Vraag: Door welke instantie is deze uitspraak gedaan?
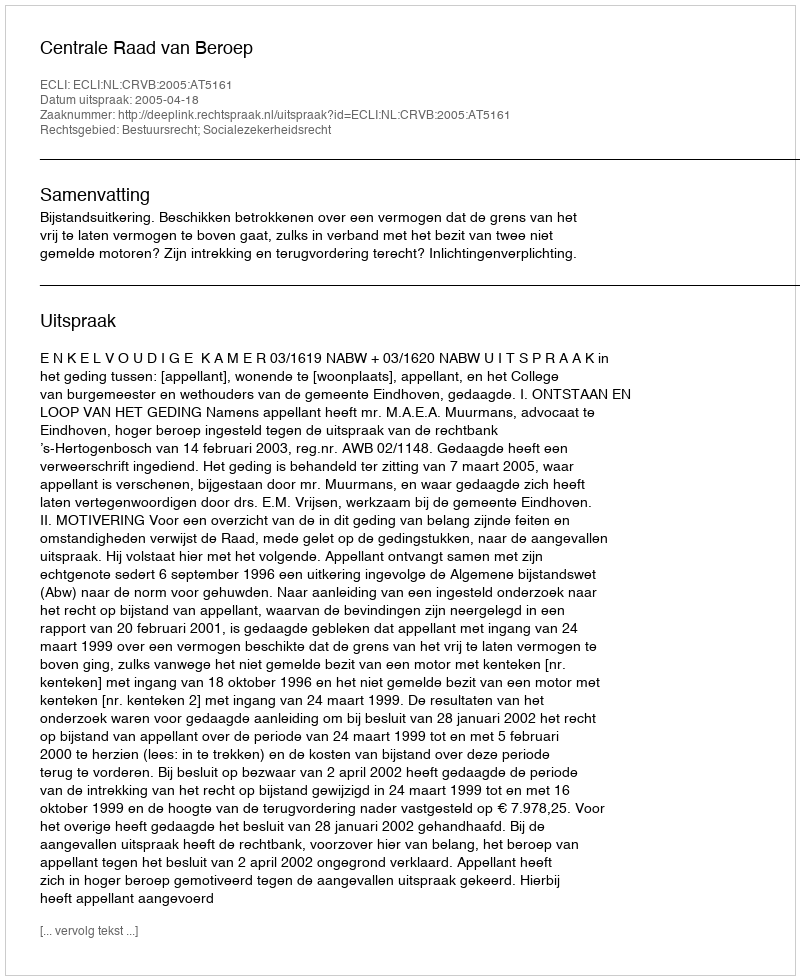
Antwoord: Centrale Raad van Beroep